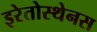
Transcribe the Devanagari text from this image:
इरेतोस्थेनस